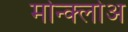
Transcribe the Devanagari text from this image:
मोन्क्लोअ